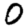
Digit: 0